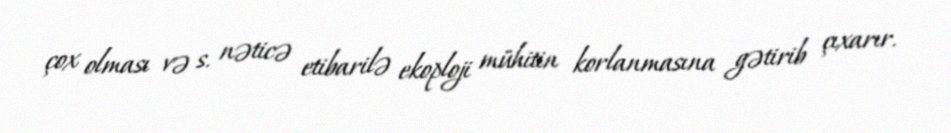
çox olması və s. nəticə etibarilə ekoploji mühitin korlanmasına gətirib çıxarır.